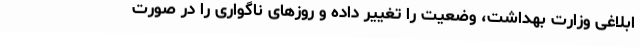
ابلاغی وزارت بهداشت، وضعیت را تغییر داده و روزهای ناگواری را در صورت